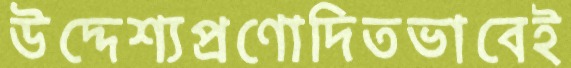
উদ্দেশ্যপ্রণোদিতভাবেই